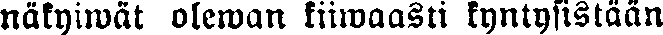
näkyiwät olewan kiiwaasti kyntysistaän